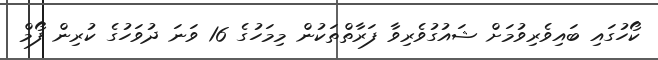
ކޯހުގައި ބައިވެރިވުމަށް ޝައުގުވެރިވާ ފަރާތްތަކުން މިމަހުގެ 16 ވަނަ ދުވަހުގެ ކުރިން ފޯމް